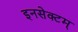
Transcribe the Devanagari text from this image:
इनसेक्टम्‌